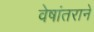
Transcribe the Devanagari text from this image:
वेषांतराने